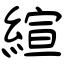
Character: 縇